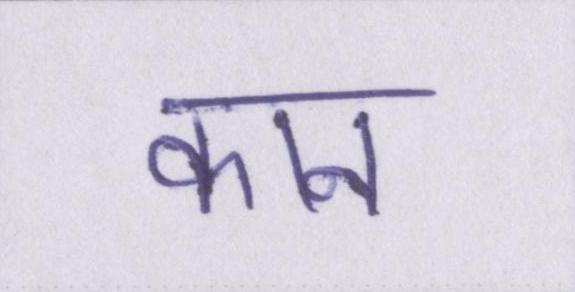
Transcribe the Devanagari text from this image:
कान